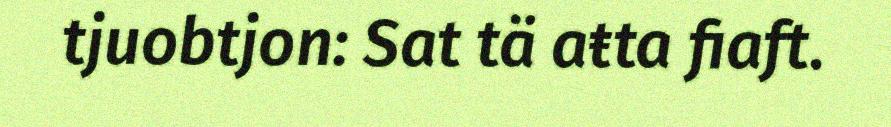
tjuobtjon: Sat tä aŧta fiaft.